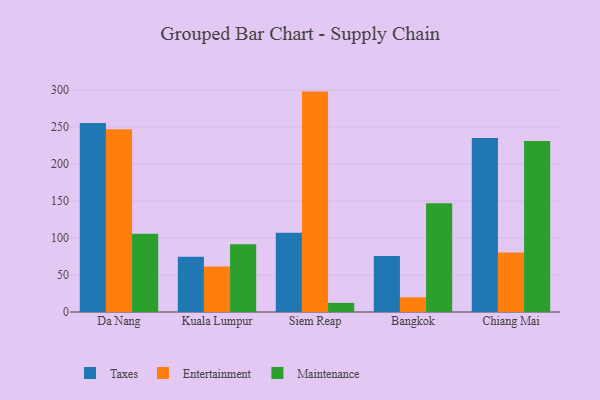
{"axis": {"x": "City", "y": "Active Users"}, "legend": ["Entertainment", "Maintenance", "Taxes"], "data": [{"x": "Da Nang", "y": 255.3, "type": "Taxes"}, {"x": "Da Nang", "y": 246.9, "type": "Entertainment"}, {"x": "Da Nang", "y": 105.8, "type": "Maintenance"}, {"x": "Kuala Lumpur", "y": 74.6, "type": "Taxes"}, {"x": "Kuala Lumpur", "y": 61.6, "type": "Entertainment"}, {"x": "Kuala Lumpur", "y": 91.7, "type": "Maintenance"}, {"x": "Siem Reap", "y": 107.2, "type": "Taxes"}, {"x": "Siem Reap", "y": 297.8, "type": "Entertainment"}, {"x": "Siem Reap", "y": 12.3, "type": "Maintenance"}, {"x": "Bangkok", "y": 75.8, "type": "Taxes"}, {"x": "Bangkok", "y": 19.9, "type": "Entertainment"}, {"x": "Bangkok", "y": 147.0, "type": "Maintenance"}, {"x": "Chiang Mai", "y": 235.1, "type": "Taxes"}, {"x": "Chiang Mai", "y": 80.3, "type": "Entertainment"}, {"x": "Chiang Mai", "y": 231.0, "type": "Maintenance"}]}